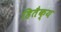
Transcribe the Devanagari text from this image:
हितैक्य